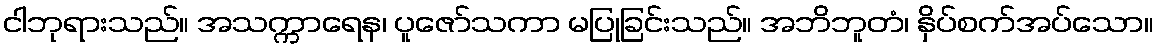
ငါဘုရားသည်။ အသက္ကာရေန၊ ပူဇော်သကာ မပြုခြင်းသည်။ အဘိဘူတံ၊ နှိပ်စက်အပ်သော။